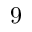
9